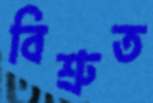
বিশ্রুত